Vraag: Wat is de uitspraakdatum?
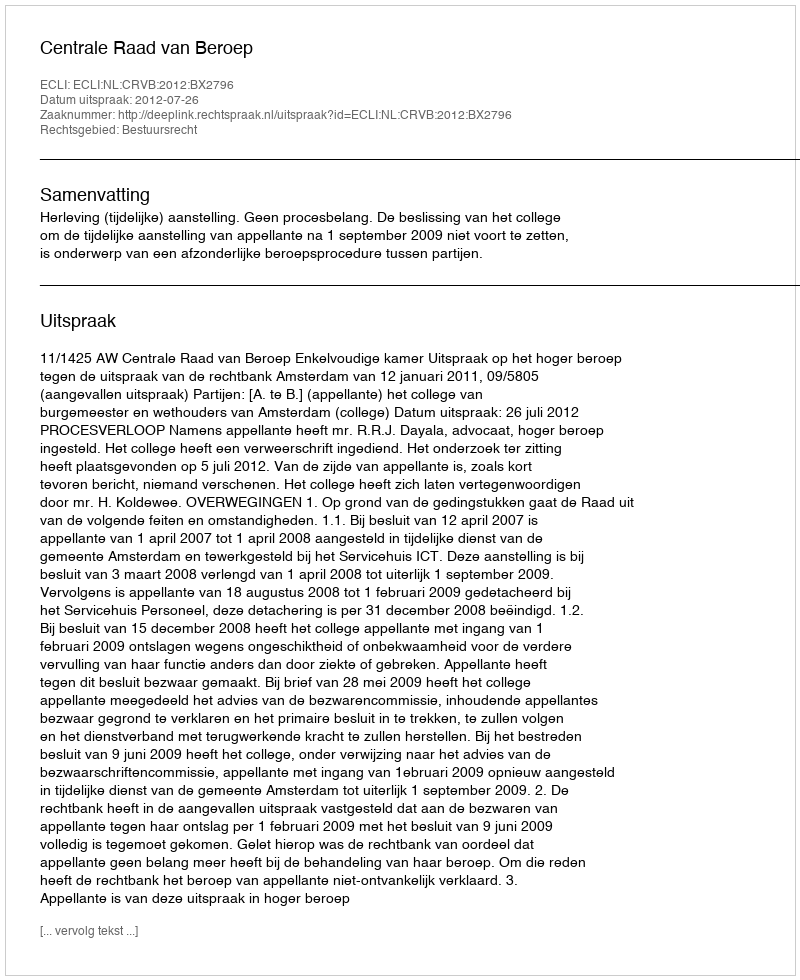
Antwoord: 2012-07-26